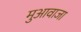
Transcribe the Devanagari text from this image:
मुआवाजा